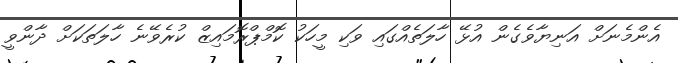
އެންމެނަށް އަނިޔާވެގެން އުޅޭ ހާލަތެއްގައި ވަކި މީހަކު ކޮމްޕްރޮމައިޒް ކުރެވޭނެ ހާލަތަކަށް ދާންވީ